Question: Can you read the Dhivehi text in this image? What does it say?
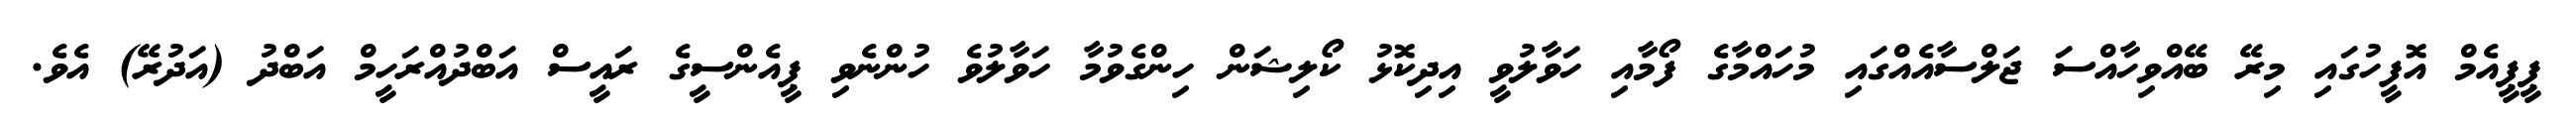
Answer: ޕީޕީއެމް އޮފީހުގައި މިރޭ ބޭއްވިހާއްސަ ޖަލްސާއެއްގައި މުހައްމާގެ ފޯމާއި ހަވާލުވީ އިދިކޮޅު ކޯލިޝަން ހިންގެވުމާ ހަވާލުވެ ހުންނެވި ޕީއެންސީގެ ރައީސް އަބްދުއްރަހީމް އަބްދު (އަދުރޭ) އެވެ.